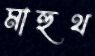
মাহুথ